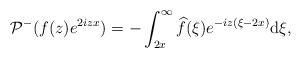
LaTeX: \begin{align*} & \mathcal{P}^- ( f(z) e^{ 2izx}) =- \int_{2x}^\infty \widehat{f} (\xi)e^{-iz(\xi-2x) } \mathrm{d}\xi,\end{align*}